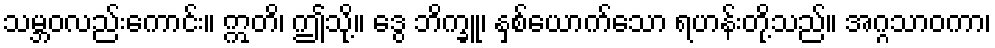
သမ္ဘဝလည်းကောင်း။ ဣတိ၊ ဤသို့။ ဒွေ ဘိက္ခူ၊ နှစ်ယောက်သော ရဟန်းတို့သည်။ အဂ္ဂသာဝကာ၊